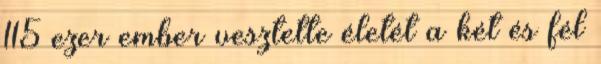
115 ezer ember vesztette életét a két és fél